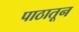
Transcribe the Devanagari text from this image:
पाठातून